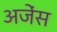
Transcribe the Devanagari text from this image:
अजेंस